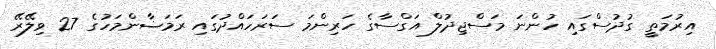
އިރުމަތީ ގުދުސްގައި ހުންނަ މަސްޖިދުލް އަގްސާގެ ހަރިންމަ ސަރަހައްދުގައި ރަމަޟާންމަހުގެ 27 ވިލޭރޭ